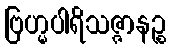
ဗြဟ္မပါရိသဇ္ဇာနဉ္စ